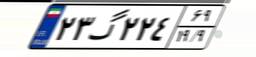
۲۳گ۲۲۴۶۹